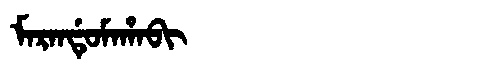
Manchu: ᠮᠠᡵᠠᠨᡩᡠᠮᠠᡥᠠᠪᡳ
Romanization: MARANDUMAHABI